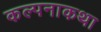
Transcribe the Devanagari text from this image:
कल्पनाकथा